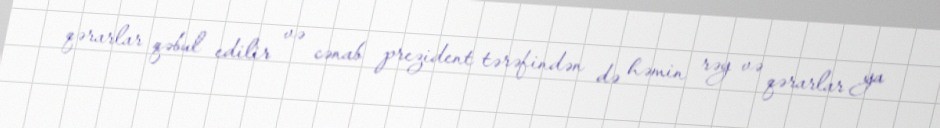
qərarlar qəbul edilir və cənab prezident tərəfindən də həmin rəy və qərarlar ya